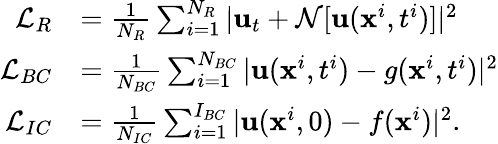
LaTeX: \begin{array}{rl}{\mathcal{L}_{R}}&{=\frac{1}{N_{R}}\sum_{i=1}^{N_{R}}|\mathbf{u}_{t}+\mathcal{N}[\mathbf{u}(\mathbf{x}^{i},t^{i})]|^{2}}\\ {\mathcal{L}_{BC}}&{=\frac{1}{N_{BC}}\sum_{i=1}^{N_{BC}}|\mathbf{u}(\mathbf{x}^{i},t^{i})-g(\mathbf{x}^{i},t^{i})|^{2}}\\ {\mathcal{L}_{IC}}&{=\frac{1}{N_{IC}}\sum_{i=1}^{I_{BC}}|\mathbf{u}(\mathbf{x}^{i},0)-f(\mathbf{x}^{i})|^{2}.}\end{array}